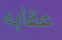
عقابه